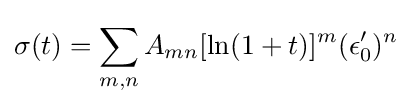
\sigma (t)=\sum _{m,n}^{}{A_{mn}[\ln(1+t)]^{m}(\epsilon '_{0})^{n}}